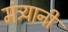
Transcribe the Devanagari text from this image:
मंत्र्यानी